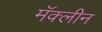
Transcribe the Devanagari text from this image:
मॅक्लीन